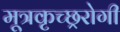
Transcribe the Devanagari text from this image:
मूत्रकृच्छ्ररोगी